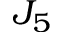
J _ { 5 }